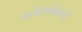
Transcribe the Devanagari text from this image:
कविसंमेलनों